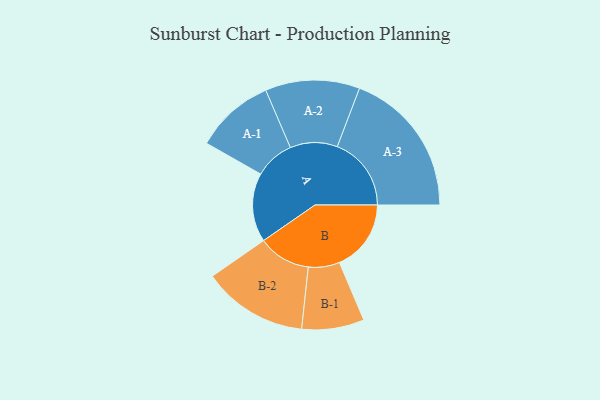
{"axis": {"x": "Segment", "y": "Value"}, "legend": ["", "A", "B"], "data": [{"x": "A", "y": 267, "type": ""}, {"x": "B", "y": 278, "type": ""}, {"x": "A-1", "y": 154, "type": "A"}, {"x": "A-2", "y": 183, "type": "A"}, {"x": "A-3", "y": 287, "type": "A"}, {"x": "B-1", "y": 121, "type": "B"}, {"x": "B-2", "y": 204, "type": "B"}]}